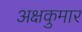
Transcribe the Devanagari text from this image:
अक्षकुमार